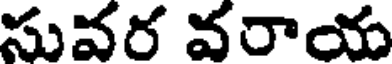
సువర వరాయ